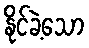
နိုင်ခဲ့သော